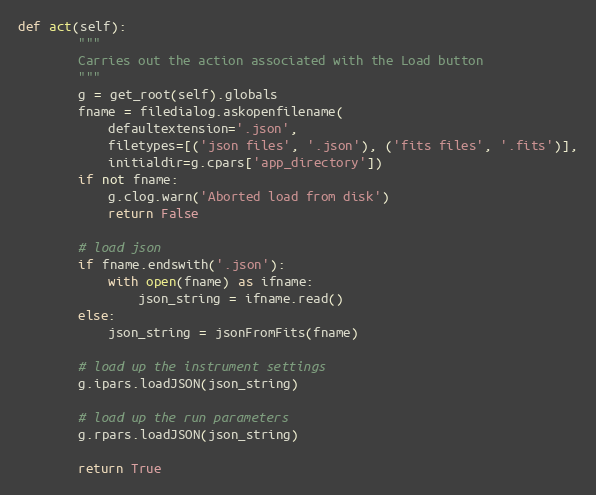
Language: Python
def act(self):
        """
        Carries out the action associated with the Load button
        """
        g = get_root(self).globals
        fname = filedialog.askopenfilename(
            defaultextension='.json',
            filetypes=[('json files', '.json'), ('fits files', '.fits')],
            initialdir=g.cpars['app_directory'])
        if not fname:
            g.clog.warn('Aborted load from disk')
            return False

        # load json
        if fname.endswith('.json'):
            with open(fname) as ifname:
                json_string = ifname.read()
        else:
            json_string = jsonFromFits(fname)

        # load up the instrument settings
        g.ipars.loadJSON(json_string)

        # load up the run parameters
        g.rpars.loadJSON(json_string)

        return True